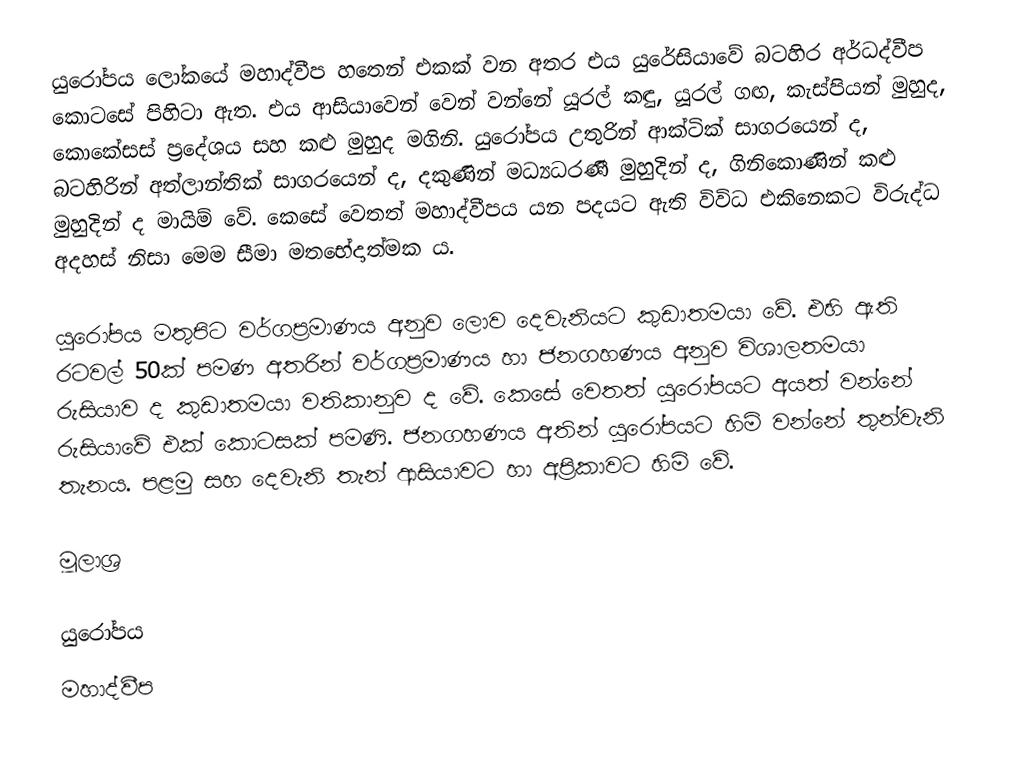
යුරෝපය ලෝකයේ මහාද්වීප හතෙන් එකක් වන අතර එය යුරේසියාවේ බටහිර අර්ධද්වීප කොටසේ පිහිටා ඇත. එය ආසියාවෙන් වෙන් වන්නේ යූරල් කඳු, යූරල් ගඟ, කැස්පියන් මුහුද, කොකේසස් ප්‍රදේශය සහ කළු මුහුද මගිනි. යුරෝපය උතුරින් ආක්ටික් සාගරයෙන් ද, බටහිරින් අත්ලාන්තික් සාගරයෙන් ද, දකුණින් මධ්‍යධරණී මුහුදින් ද, ගිනිකොණින් කළු මුහුදින් ද මායිම් වේ. කෙසේ වෙතත් මහාද්වීපය යන පදයට ඇති විවිධ එකිනෙකට විරුද්ධ අදහස් නිසා මෙම සීමා මතභේදාත්මක ය.

යුරෝපය මතුපිට වර්ගප්‍රමාණය අනුව ලොව දෙවැනියට කුඩාතමයා වේ. එහි ඇති රටවල් 50ක් පමණ අතරින් වර්ගප්‍රමාණය හා ජනගහණය අනුව විශාලතමයා රුසියාව ද කුඩාතමයා වතිකානුව ද වේ. කෙසේ වෙතත් යුරෝපයට අයත් වන්නේ රුසියාවේ එක් කොටසක් පමණි. ජනගහණය අතින් යුරෝපයට හිමි වන්නේ තුන්වැනි තැනය. පළමු සහ දෙවැනි තැන් ආසියාවට හා අප්‍රිකාවට හිමි වේ.

මූලාශ්‍ර

යුරෝපය
මහාද්වීප